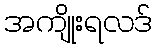
အကျိုးရလဒ်